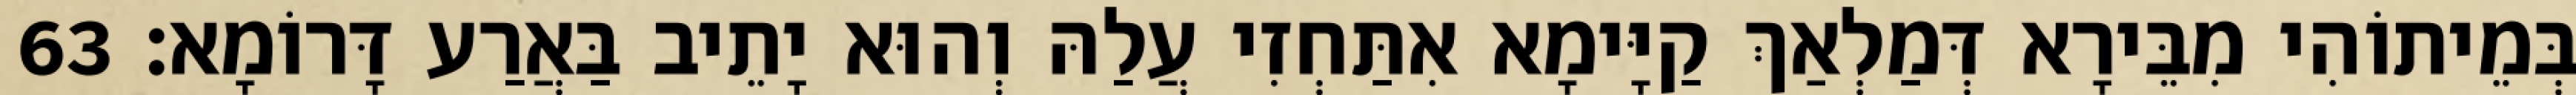
בְּמֵיתוֹהִי מִבֵּירָא דְּמַלְאַךְ קַיָּימָא אִתַּחְזִי עֲלַהּ וְהוּא יָתֵיב בַּאֲרַע דָּרוֹמָא׃ 63